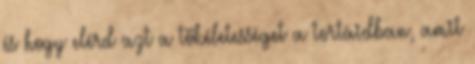
és hogy elérd azt a tökéletességet a tortáidban, amit